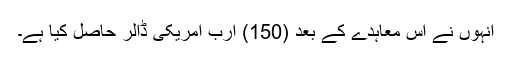
انہوں نے اس معاہدے کے بعد (150) ارب امریکى ڈالر حاصل کیا ہے۔